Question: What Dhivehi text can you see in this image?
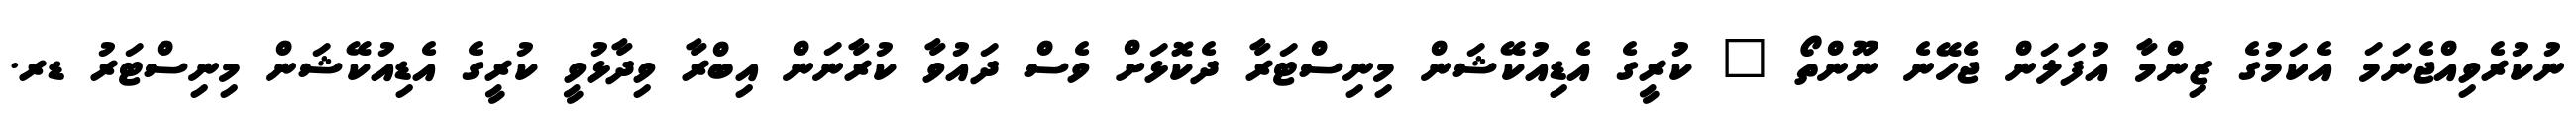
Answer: ނުކުރެވިއްޖެނަމަ އެކަމުގެ ޒިންމާ އުފަލަން ޖެހޭނެ ނޫންތޯ " ކުރީގެ އެޑިއުކޭޝަން މިނިސްޓަރާ ދެކޮޅަށް ވެސް ދައުވާ ކުރާނަން އިބްރާ ވިދާޅުވީ ކުރީގެ އެޑިއުކޭޝަން މިނިސްޓަރު ޑރ.